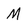
Character: M